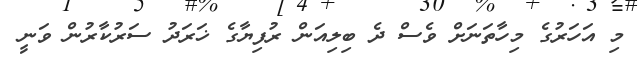
މި އަހަރުގެ މިހާތަނަށް ވެސް ދެ ބިލިއަން ރުފިޔާގެ ޚަރަދު ސަރުކާރުން ވަނީ